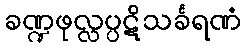
ခဏ္ဍဖုလ္လပ္ပဋိသင်္ခရဏံ